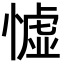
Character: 憈